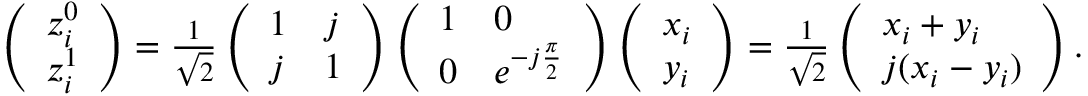
\begin{array} { r } { \left( \begin{array} { l } { z _ { i } ^ { 0 } } \\ { z _ { i } ^ { 1 } } \end{array} \right) = \frac { 1 } { \sqrt { 2 } } \left( \begin{array} { l l } { 1 } & { j } \\ { j } & { 1 } \end{array} \right) \left( \begin{array} { l l } { 1 } & { 0 } \\ { 0 } & { e ^ { - j \frac { \pi } { 2 } } } \end{array} \right) \left( \begin{array} { l } { x _ { i } } \\ { y _ { i } } \end{array} \right) = \frac { 1 } { \sqrt { 2 } } \left( \begin{array} { l } { x _ { i } + y _ { i } } \\ { j ( x _ { i } - y _ { i } ) } \end{array} \right) . } \end{array}